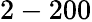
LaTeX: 2-200